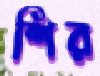
শির